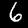
Label: 6